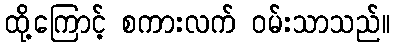
ထို့ကြောင့် စကားလက် ဝမ်းသာသည်။